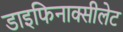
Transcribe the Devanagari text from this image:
डाइफिनाक्सीलेट